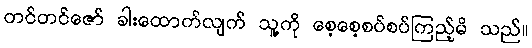
တင်တင်ဇော် ခါးထောက်လျက် သူ့ကို စေ့စေ့စပ်စပ်ကြည့်မိ သည်။